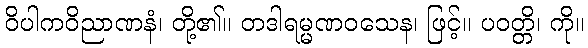
ဝိပါကဝိညာဏနံ၊ တို့၏။ တဒါရမ္မဏဝသေန၊ ဖြင့်။ ပဝတ္တိ၊ ကို။